Indian journal of veterinary science and animal husbandry - Volume 5,
Year: 1935
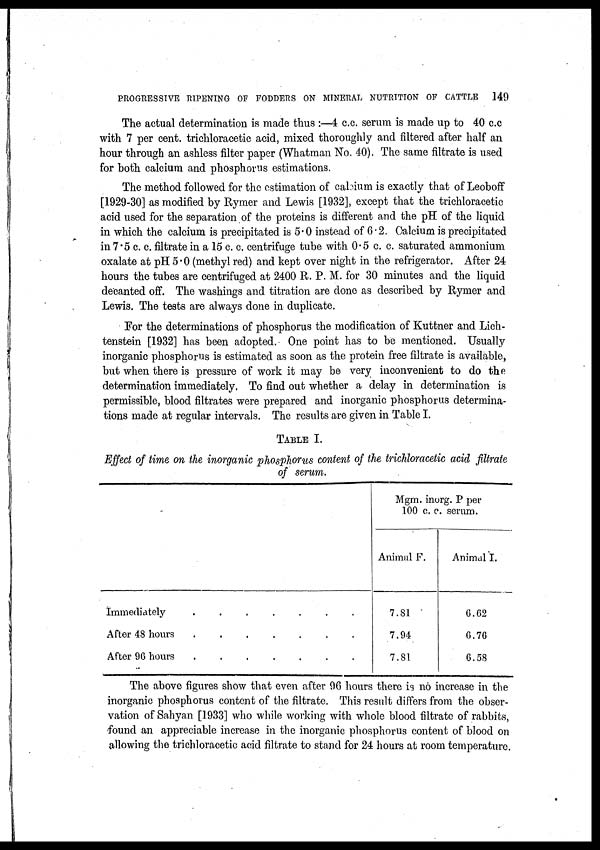
PROGRESSIVE RIPENING OF FODDERS ON MINERAL NUTRITION OF CATTLE
149
The actual determination is made thus :—4 c.c. serum is made up to 40 c.c
with 7 per cent. trichloracetic acid, mixed thoroughly and filtered after half an
hour through an ashless filter paper (Whatman No. 40). The same filtrate is used
for both calcium and phosphorus estimations.
The method followed for the estimation of calcium is exactly that of Leoboff
[1929-30] as modified by Rymer and Lewis [1932], except that the trichloracetic
acid used for the separation of the proteins is different and the pH of the liquid
in which the calcium is precipitated is 5.0 instead of 6.2. Calcium is precipitated
in 7.5 c. c. filtrate in a 15 c. c. centrifuge tube with 0.5 c. c. saturated ammonium
oxalate at pH 5.0 (methyl red) and kept over night in the refrigerator. After 24
hours the tubes are centrifuged at 2400 R. P. M. for 30 minutes and the liquid
decanted off. The washings and titration are done as described by Rymer and
Lewis. The tests are always done in duplicate.
For the determinations of phosphorus the modification of Kuttner and Lich¬
tenstein [1932] has been adopted. One point has to be mentioned. Usually
inorganic phosphorus is estimated as soon as the protein free filtrate is available,
but when there is pressure of work it may be very inconvenient to do the
determination immediately. To find out whether a delay in determination is
permissible, blood filtrates were prepared and inorganic phosphorus determina-
tions made at regular intervals. The results are given in Table I.
TABLE I.
Effect of time on the inorganic phosphorus content of the trichloracetic acid filtrate
of serum.
Immediately . . . . . . .
After 48 hours
.
.
.
.
.
.
.
After 96 hours
.
.
.
.
.
.
.
Mgm. inorg. P per
100 c. c. serum.
Animal F.
7.81
7.94
7.81
Animal I.
6.62
6.76
6.58
The above figures show that even after 96 hours there is no increase in the
inorganic phosphorus content of the filtrate. This result differs from the obser-
vation of Sahyan [1933] who while working with whole blood filtrate of rabbits,
found an appreciable increase in the inorganic phosphorus content of blood on
allowing the trichloracetic acid filtrate to stand for 24 hours at room temperature.